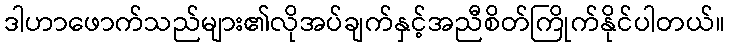
ဒါဟာဖောက်သည်များ၏လိုအပ်ချက်နှင့်အညီစိတ်ကြိုက်နိုင်ပါတယ်။